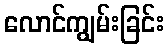
လောင်ကျွမ်းခြင်း